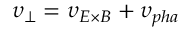
\upsilon _ { \perp } = \upsilon _ { E \times B } + \upsilon _ { p h a }